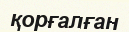
қорғалған